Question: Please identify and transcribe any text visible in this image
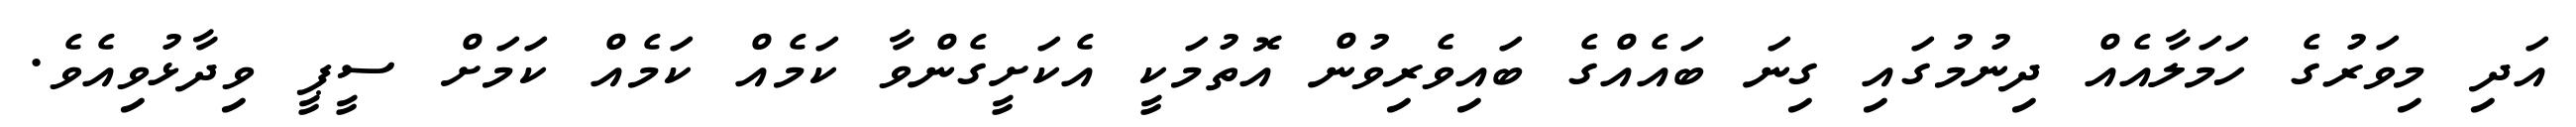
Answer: އަދި މިވަރުގެ ހަމަލާއެއް ދިނުމުގައި ގިނަ ބައެއްގެ ބައިވެރިވުން އޮތުމަކީ އެކަށީގެންވާ ކަމެއް ކަމެއް ކަމަށް ސީޕީ ވިދާޅުވިއެވެ.